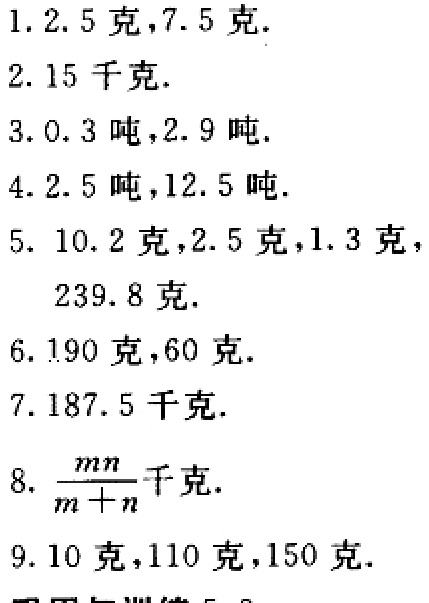
1. 2.5克，7.5克.

2. 15千克.

3. 0.3吨，2.9吨.

4. 2.5吨，12.5吨.

5. 10.2克，2.5克，1.3克，239.8克.

6. 190克，60克.

7. 187.5千克.

8. $\frac{mn}{m + n}$千克.

9. 10克，110克，150克.

巩固与训练5.2